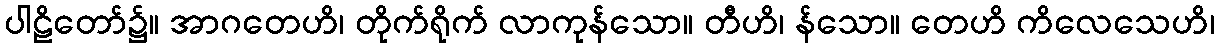
ပါဠိတော်၌။ အာဂတေဟိ၊ တိုက်ရိုက် လာကုန်သော။ တီဟိ၊ န်သော။ တေဟိ ကိလေသေဟိ၊